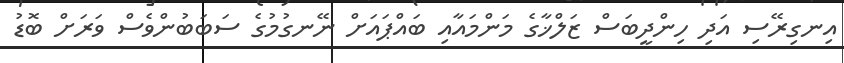
އިނގިރޭސި އަދި ހިންދީބަސް ޒަލްޚާގެ މަންމައާއި ބައްޕައަށް ނޭނގުމުގެ ސަބަބުންވެސް ވަރަށް ބޮޑު